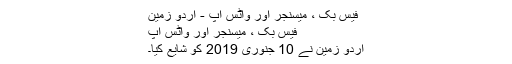
فیس بک ، میسنجر اور واٹس اپ - اردو زمین
فیس بک ، میسنجر اور واٹس اپ
اردو زمین نے 10 جنوری 2019 کو شایع کیا۔